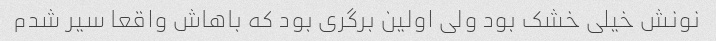
نونش خیلی خشک بود ولی اولین برگری بود که باهاش واقعا سیر شدم